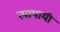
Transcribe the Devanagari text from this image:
त्यापायी